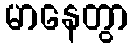
မာနေတွာ